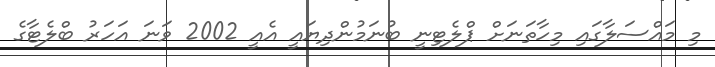
މި މައްސަލާގައި މިހާތަނަށް ޕްލެޓިނީ ބުނަމުންދިޔައީ އެއީ 2002 ވަނަ އަހަރު ބްލެޓާގެ